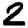
Digit: 2